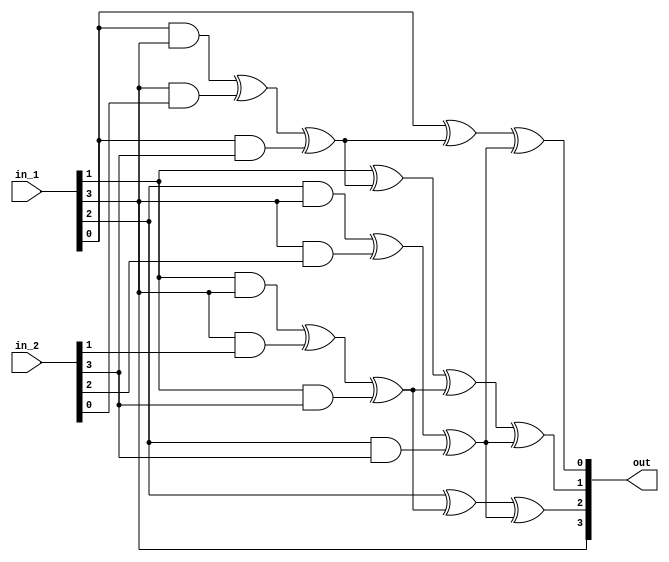

//////////////////////////////////////////////////////////////////////////////////
// Company: 	   COSIC, KU Leuven
// 
// Design Name: 
// Module Name:    Q299_box 
// Project Name:   TI with Non-Uniform Inputs
// Target Devices: 
// Tool versions: 
// Description: 
//
// Dependencies: 
//
// Revision: 
// Revision 0.01 - File Created
// Additional Comments: 
//
//////////////////////////////////////////////////////////////////////////////////
module Q299_box(
	input wire [3:0] in_1,
	input wire [3:0] in_2,
	output wire [3:0] out
);

	assign out[3] = in_1[3];
	
	assign out[2] = in_1[2] ^ (in_1[1]&in_1[3] ^ in_1[3]&in_2[1] ^ in_1[1]&in_2[3]) 
			^ (in_1[2]&in_1[3] ^ in_1[3]&in_2[2] ^ in_1[2]&in_2[3]);
			
	assign out[1] = in_1[1] ^ (in_1[0]&in_1[3] ^ in_1[3]&in_2[0] ^ in_1[0]&in_2[3])
			^ (in_1[1]&in_1[3] ^ in_1[3]&in_2[1] ^ in_1[1]&in_2[3]) ^ (in_1[2]&in_1[3] ^ in_1[3]&in_2[2] ^ in_1[2]&in_2[3]);
	
	assign out[0] = in_1[0] ^ (in_1[0]&in_1[3] ^ in_1[3]&in_2[0] ^ in_1[0]&in_2[3])
			^ (in_1[2]&in_1[3] ^ in_1[3]&in_2[2] ^ in_1[2]&in_2[3]);

endmodule